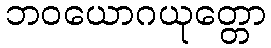
ဘဝယောဂယုတ္တော